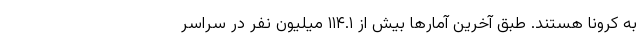
به کرونا هستند. طبق آخرین آمارها بیش از ۱۱۴.۱ میلیون نفر در سراسر